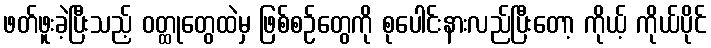
ဖတ်ဖူးခဲ့ပြီးသည့် ဝတ္ထုတွေထဲမှ ဖြစ်စဉ်တွေကို စုပေါင်းနားလည်ပြီးတော့ ကိုယ့် ကိုယ်ပိုင်